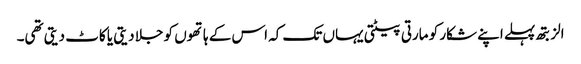
الزبتھ پہلے اپنے شکار کو مارتی پیٹتی یہاں تک کہ اس کے ہاتھوں کو جلا دیتی یا کاٹ دیتی تھی۔